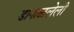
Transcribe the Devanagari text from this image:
डागाळलेली